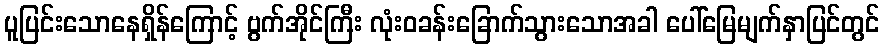
ပူပြင်းသောနေရှိန်ကြောင့် ဗွက်အိုင်ကြီး လုံးဝခန်းခြောက်သွားသောအခါ ပေါ်မြေမျက်နှာပြင်တွင်